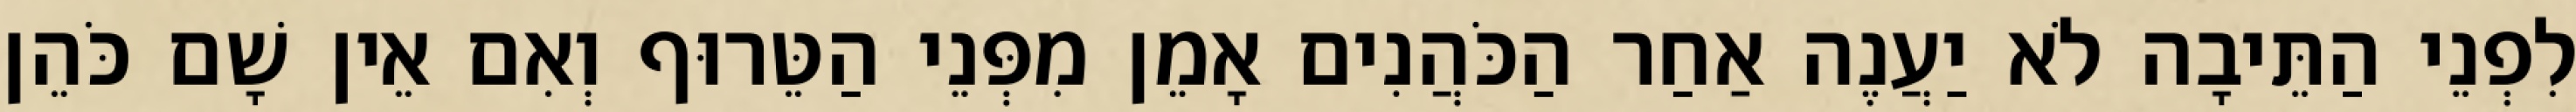
לִפְנֵי הַתֵּיבָה לֹא יַעֲנֶה אַחַר הַכֹּהֲנִים אָמֵן מִפְּנֵי הַטֵּרוּף וְאִם אֵין שָׁם כֹּהֵן